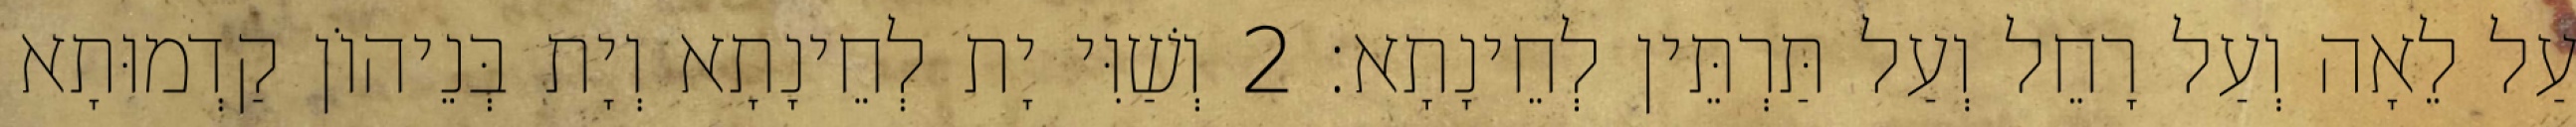
עַל לֵאָה וְעַל רָחֵל וְעַל תַּרְתֵּין לְחֵינָתָא׃ 2 וְשַׁוִּי יָת לְחֵינָתָא וְיָת בְּנֵיהוֹן קַדְמוּתָא